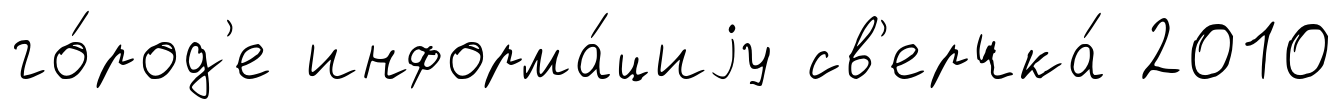
го́род'е информа́циjу св'ерчка́ 2010